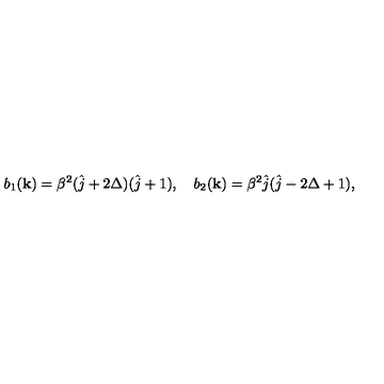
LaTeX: b _ { 1 } ( { \bf k } ) = \beta ^ { 2 } ( \hat { j } + 2 \Delta ) ( \hat { j } + 1 ) , \quad b _ { 2 } ( { \bf k } ) = \beta ^ { 2 } \hat { j } ( \hat { j } - 2 \Delta + 1 ) ,